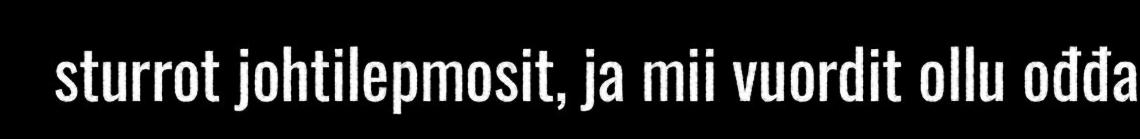
sturrot johtilepmosit, ja mii vuordit ollu ođđa